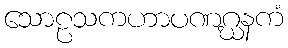
သောဠသကဟာပဏဂ္ဃနကံ